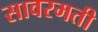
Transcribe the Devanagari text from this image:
सावरमती